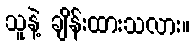
သူနဲ့ ချိန်းထားသလား။